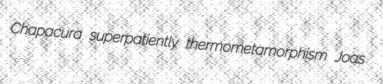
Chapacura superpatiently thermometamorphism Joas